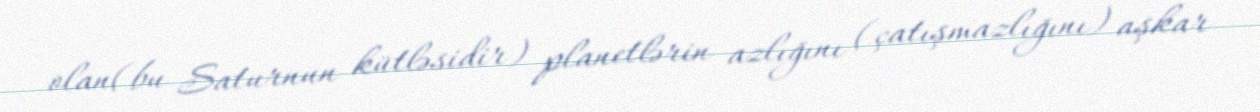
olan(bu Saturnun kütləsidir) planetlərin azlığını (çatışmazlığını) aşkar